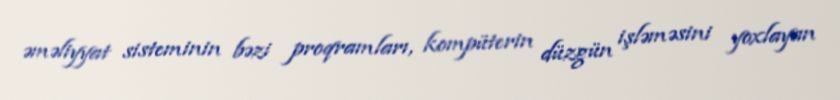
əməliyyat sisteminin bəzi proqramları, kompüterin düzgün işləməsini yoxlayan